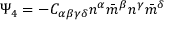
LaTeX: \Psi _ { 4 } = - C _ { \alpha \beta \gamma \delta } n ^ { \alpha } { \bar { m } } ^ { \beta } n ^ { \gamma } { \bar { m } } ^ { \delta }